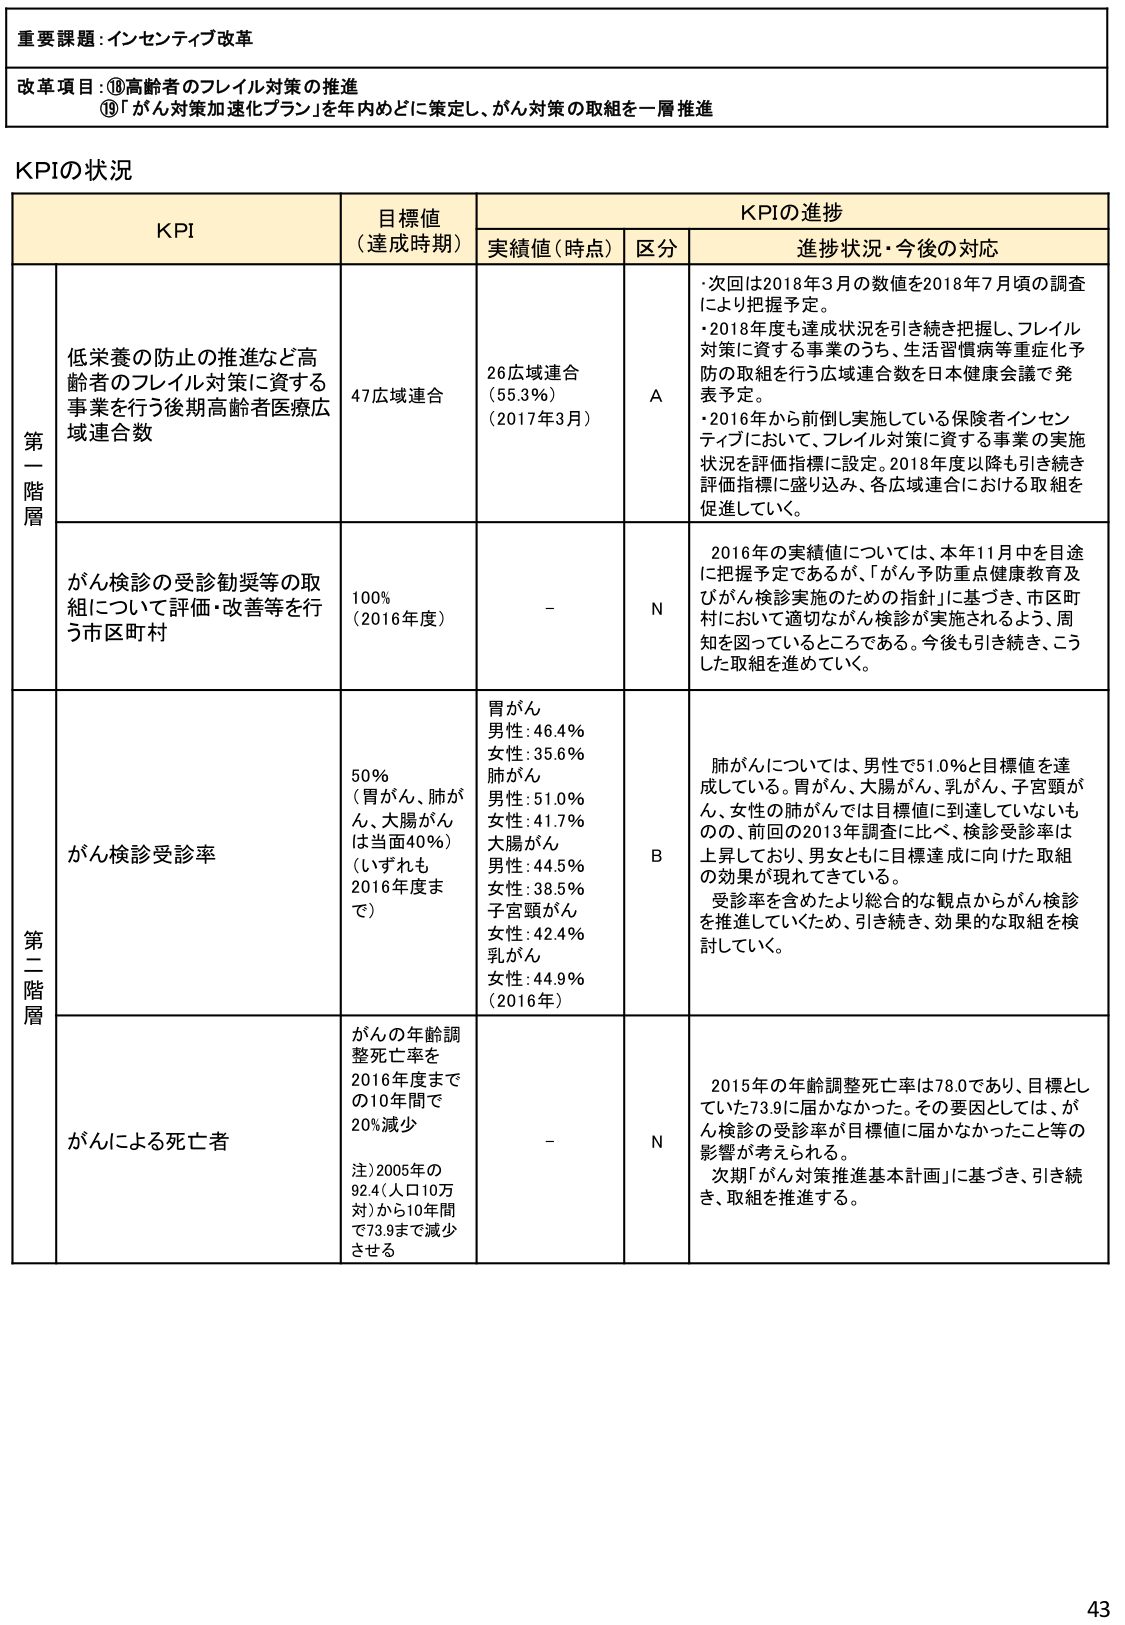
重要課題：インセンティブ改革

改革項目：⑩高齢者のフレイル対策の推進
⑲「がん対策加速化プラン」を年内めどに策定し、がん対策の取組を一層推進

KPIの状況

KPI | 目標値（達成時期） | KPIの進捗 | | |
--- | --- | --- | --- | --- |
| | | 実績値（時点） | 区分 | 進捗状況・今後の対応 |

第一階層 | 低栄養の防止の推進など高齢者のフレイル対策に資する事業を行う後期高齢者医療広域連合数 | 47広域連合 | 26広域連合（55.3％）（2017年3月） | A | ・次回は2018年3月の数値を2018年7月頃の調査により把握予定。<br>・2018年度も達成状況を引き続き把握し、フレイル対策に資する事業のうち、生活習慣病等重症化予防の取組を行う広域連合数を日本健康会議で発表予定。<br>・2016年から前倒し実施している保険者インセンティブにおいて、フレイル対策に資する事業の実施状況を評価指標に設定。2018年度以降も引き続き評価指標に盛り込み、各広域連合における取組を促進していく。 |

| がん検診の受診勧奨等の取組について評価・改善等を行う市区町村 | 100％（2016年度） | - | N | 2016年の実績値については、本年11月中を目途に把握予定であるが、「がん予防重点健康教育及びがん検診実施のための指針」に基づき、市区町村において適切ながん検診が実施されるよう、周知を図っているところである。今後も引き続き、こうした取組を進めていく。 |

第二階層 | がん検診受診率 | 50％（胃がん、肺がん、大腸がんは当面40％）（いずれも2016年度まで） | 胃がん<br>男性：46.4％<br>女性：35.6％<br>肺がん<br>男性：51.0％<br>女性：41.7％<br>大腸がん<br>男性：44.5％<br>女性：38.5％<br>子宮頸がん<br>女性：42.4％<br>乳がん<br>女性：44.9％<br>（2016年） | B | 肺がんについては、男性で51.0％と目標値を達成している。胃がん、大腸がん、乳がん、子宮頸がん、女性の肺がんでは目標値に到達していないものの、前回の2013年調査に比べ、検診受診率は上昇しており、男女ともに目標達成に向けた取組の効果が現れてきている。<br>受診率を含めたより総合的な観点からがん検診を推進していくため、引き続き、効果的な取組を検討していく。 |

| がんによる死亡者 | がんの年齢調整死亡率を2016年度までの10年間で20％減少<br>注）2005年の92.4（人口10万対）から10年間で73.9まで減少させる | - | N | 2015年の年齢調整死亡率は78.0であり、目標としていた73.9に届かなかった。その要因としては、がん検診の受診率が目標値に届かなかったこと等の影響が考えられる。<br>次期「がん対策推進基本計画」に基づき、引き続き、取組を推進する。 |

43